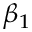
\beta _ { 1 }